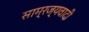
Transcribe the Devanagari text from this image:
साम्रज्यवादी